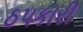
ઠપકારી